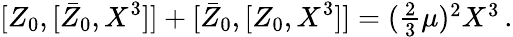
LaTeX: {}[Z_{0},[\bar{Z}_{0},X^{3}]]+[\bar{Z}_{0},[Z_{0},X^{3}]]=(\textstyle{\frac{2}{3}}\mu)^{2}X^{3}\, .